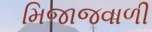
મિજાજવાળી